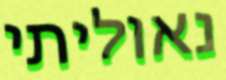
נאוליתי